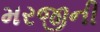
મરજીની